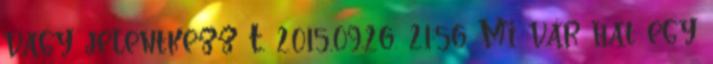
vagy jelentkezz T. 2015.09.26. 21:56 Mi vár hat egy